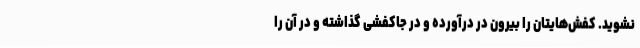
نشوید. کفش‌هایتان را بیرون در درآورده و در جاکفشی گذاشته و در آن را